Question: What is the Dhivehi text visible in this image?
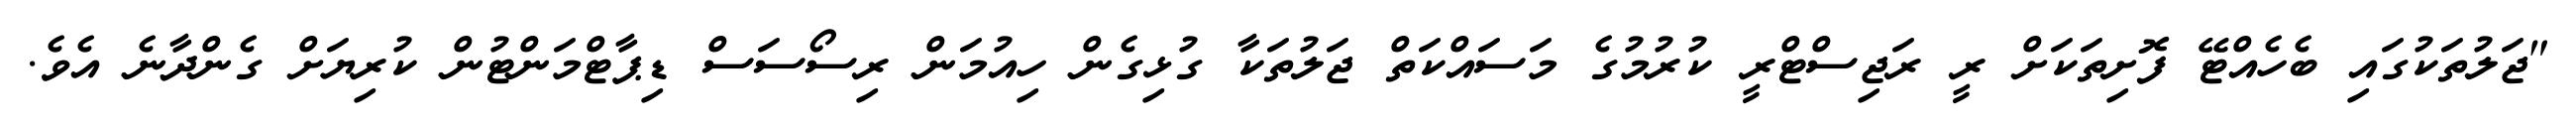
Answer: "ޖަލުތަކުގައި ބެހެއްޓޭ ފޮށިތަކަށް ރީ ރަޖިސްޓްރީ ކުރުމުގެ މަސައްކަތް ޖަލުތަކާ ގުޅިގެން ހިއުމަން ރިސޯސަސް ޑިޕާޓްމަންޓުން ކުރިޔަށް ގެންދާނެ އެވެ.